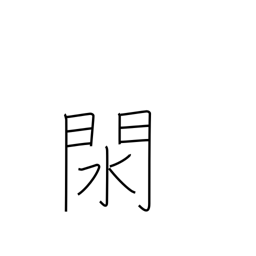
Meaning: pan for gold